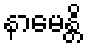
နာမေန္တိ